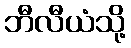
ဘီလီယံသို့